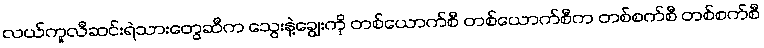
လယ်ကူလီဆင်းရဲသားတွေဆီက သွေးနဲ့ချွေးကို တစ်ယောက်စီ တစ်ယောက်စီက တစ်စက်စီ တစ်စက်စီ